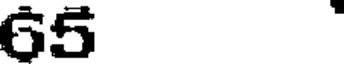
65